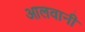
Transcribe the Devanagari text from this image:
आलवानी